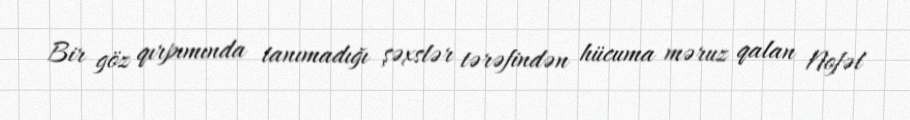
Bir göz qırpımında tanımadığı şəxslər tərəfindən hücuma məruz qalan Nofəl